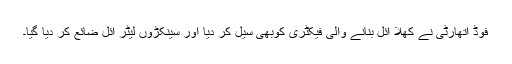
فوڈ اتھارٹی نے کھلا آئل بنانے والی فیکٹری کوبھی سیل کر دیا اور سینکڑوں لیٹر آئل ضائع کر دیا گیا۔